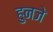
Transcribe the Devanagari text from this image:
हुनजे